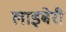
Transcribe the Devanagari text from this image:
लाइबेरी